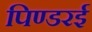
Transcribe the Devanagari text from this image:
पिण्डरई